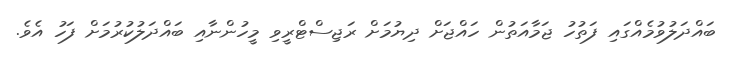
ބައްދަލުވުމެއްގައި ފަތުހު ޖަމާއަތުން ހައްޖަށް ދިޔުމަށް ރަޖިސްޓްރީވި މީހުންނާއި ބައްދަލުކުރުމަށް ފަހު އެވެ.